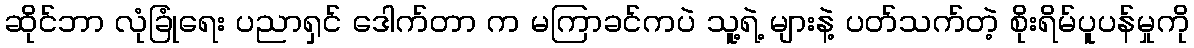
ဆိုင်ဘာ လုံခြုံရေး ပညာရှင် ဒေါက်တာ က မကြာခင်ကပဲ သူ့ရဲ့ များနဲ့ ပတ်သက်တဲ့ စိုးရိမ်ပူပန်မှုကို